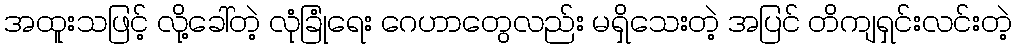
အထူးသဖြင့် လို့ခေါ်တဲ့ လုံခြုံရေး ဂေဟာတွေလည်း မရှိသေးတဲ့ အပြင် တိကျရှင်းလင်းတဲ့